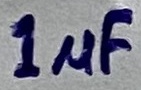
Text: 1µF